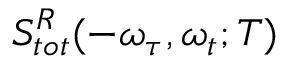
S _ { t o t } ^ { R } ( - \omega _ { \tau } , \omega _ { t } ; T )